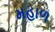
મહાળ